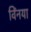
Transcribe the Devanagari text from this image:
विंनया